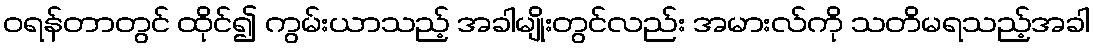
ဝရန်တာတွင် ထိုင်၍ ကွမ်းယာသည့် အခါမျိုးတွင်လည်း အမားလ်ကို သတိမရသည့်အခါ